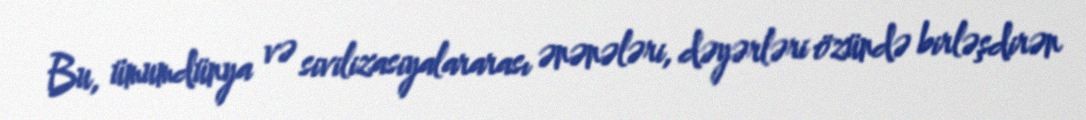
Bu, ümumdünya və sivilizasiyalararası ənənələri, dəyərləri özündə birləşdirən